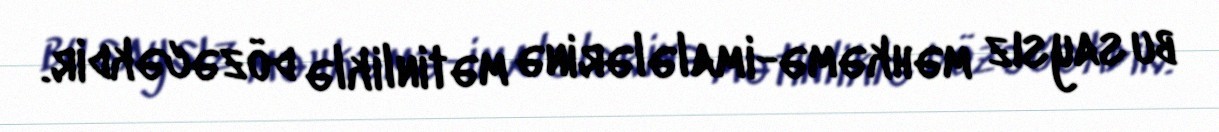
bu saysız məhkəmə-imalələrinə mətinliklə dözəcəkdir.